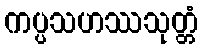
ကပ္ပသဟဿသုတ္တံ